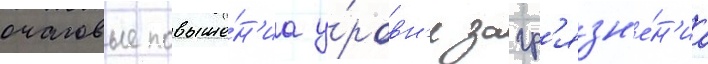
очаговые повыше́н'иа у́ровн'я загр'язн'е́н'иа